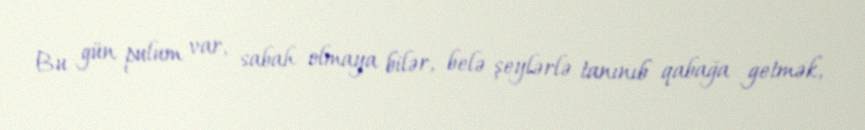
Bu gün pulum var, sabah olmaya bilər, belə şeylərlə tanınıb qabağa getmək,